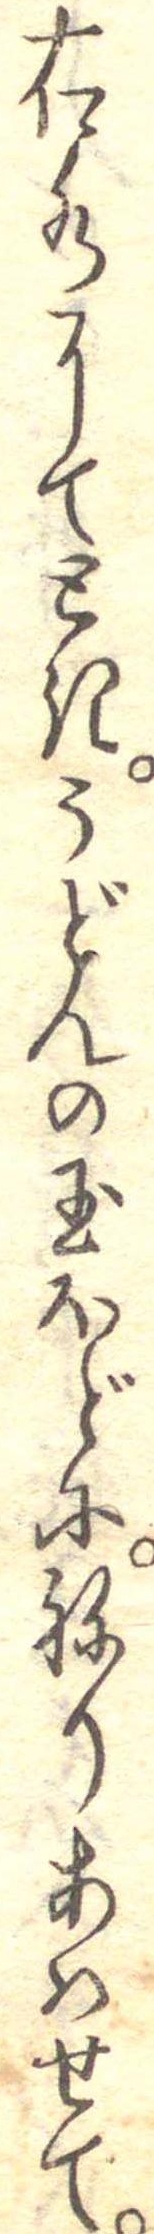
右水にてときうどんの玉ほどにねりあはせて